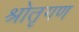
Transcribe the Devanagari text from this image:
श्रोतृगण